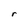
Character: r